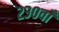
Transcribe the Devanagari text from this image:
२३०वाँ